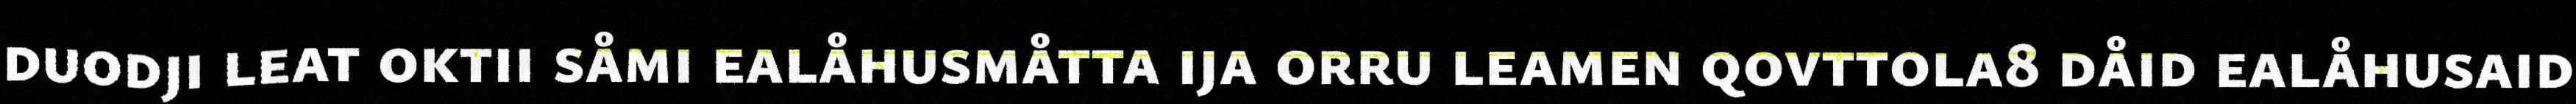
duodji leat oktii såmi ealåhusmåtta ija orru leamen qovttola8 dåid ealåhusaid